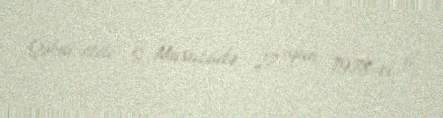
Qəbul etdi: S. Musazadə, 27 iyun 1978-ci il